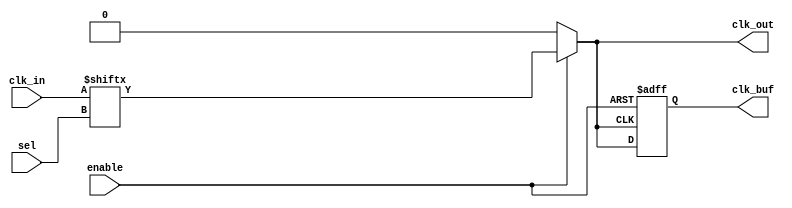
module ClockMultiplexerBuffer #(
    parameter n = 4, // Number of clock inputs
    parameter m = 2  // Number of select lines (2^m >= n)
)(
    input  wire [n-1:0] clk_in,   // Clock inputs
    input  wire [m-1:0] sel,      // Select lines
    input  wire enable,            // Enable signal
    output reg  clk_out,           // Clock output
    output reg  clk_buf            // Buffered clock output
);

    reg [n-1:0] clk_selected;      // Register to hold the selected clock

    // Combinational logic to select the clock based on the select lines
    always @(*) begin
        if (enable) begin
            clk_selected = clk_in; // Hold the clock inputs
            clk_out = clk_selected[sel]; // Select the clock based on sel
        end else begin
            clk_out = 1'b0; // Hold low when disabled
        end
    end

    // Buffering the selected clock output
    always @(posedge clk_out or negedge enable) begin
        if (!enable) begin
            clk_buf <= 1'b0; // Hold low when disabled
        end else begin
            clk_buf <= clk_out; // Buffer the selected clock
        end
    end

endmodule